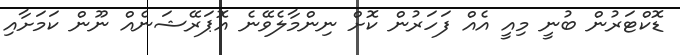
ޑޮކްޓަރުން ބުނީ މިއީ އެއް ފަހަރުން ކޮށް ނިންމާލެވޭނެ އޮޕަރޭޝަނެއް ނޫން ކަމަށާއި